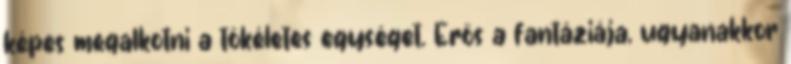
képes megalkotni a tökéletes egységet. Erős a fantáziája, ugyanakkor